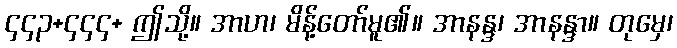
၄၄၃+၄၄၄+ ဤသို့။ အာဟ၊ မိန့်တော်မူ၏။ အာနန္ဒ၊ အာနန္ဒာ။ တုမှေ၊